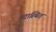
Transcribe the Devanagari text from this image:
उदास्थित